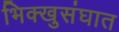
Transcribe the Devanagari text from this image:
भिक्खुसंघात